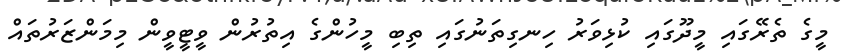
މީގެ ތެރޭގައި މީދޫގައި ކުޅިވަރު ހިނގިތަނުގައި ތިބި މީހުންގެ އިތުރުން ވީޓީވީން މިމަންޒަރުތައް